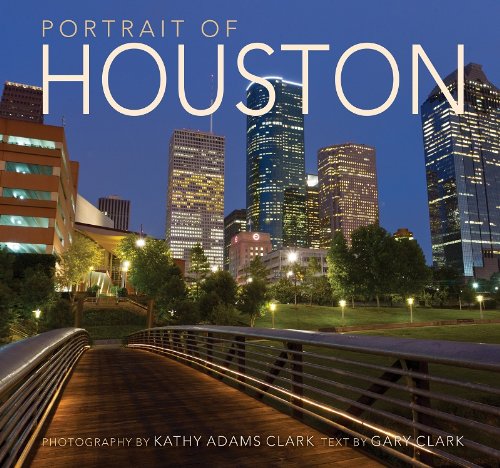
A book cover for Portrait of Houston; photography by Kathy Adams Clark; Travel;